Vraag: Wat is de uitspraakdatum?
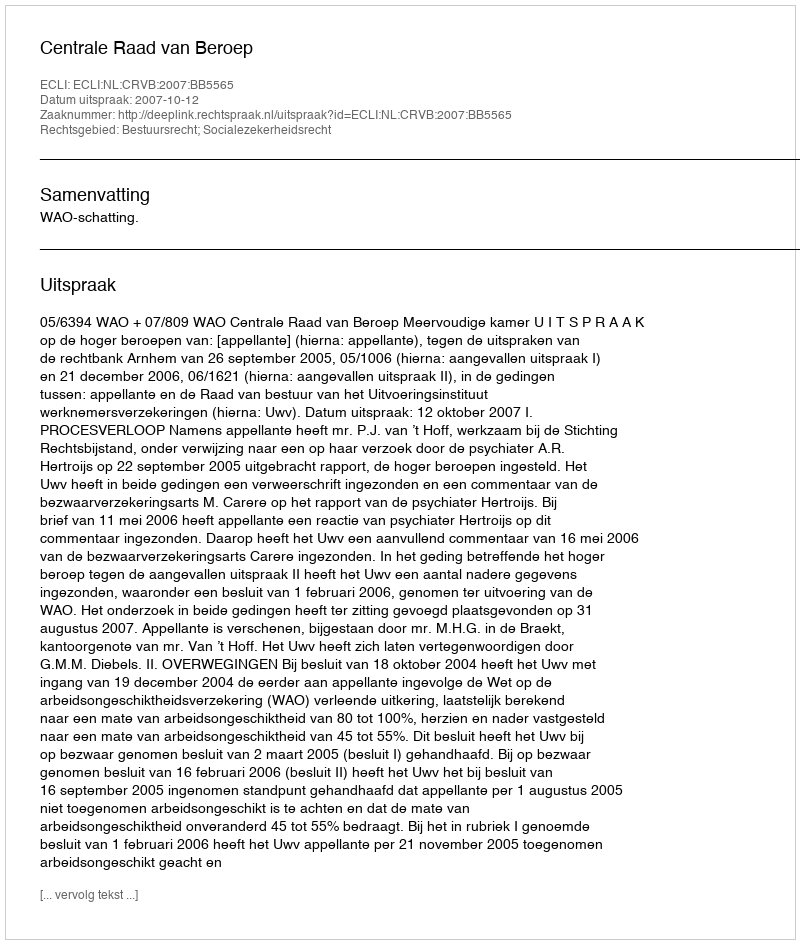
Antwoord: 2007-10-12